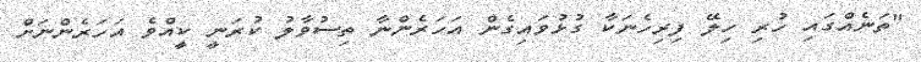
"ތަނެއްގައި ހުރި ހިލޭ ފިރިހެނަކާ ގުޅުވައިގެން އަހަރެންނާ ތިސުވާލު ކުރަނީ ކީއްވެ އަހަރެންނަށް